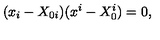
( x _ { i } - X _ { 0 i } ) ( x ^ { i } - X _ { 0 } ^ { i } ) = 0 ,